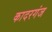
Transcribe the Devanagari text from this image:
कादरगंज